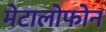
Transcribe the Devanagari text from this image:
मेटालोफोन